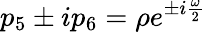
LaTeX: p_{5}\pm ip_{6}=\rho e^{\pm i\frac{\omega}{2}}